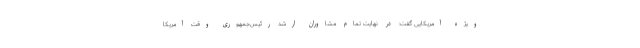
ویژه آمریکایی گفت: در نهایت تمام مشاوران ارشد رئیس‌جمهوری وقت آمریکا